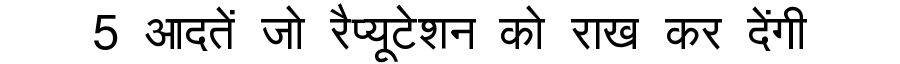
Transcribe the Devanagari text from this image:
5 आदतें जो रैप्यूटेशन को राख कर देंगी